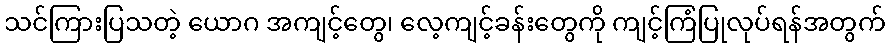
သင်ကြားပြသတဲ့ ယောဂ အကျင့်တွေ၊ လေ့ကျင့်ခန်းတွေကို ကျင့်ကြံပြုလုပ်ရန်အတွက်